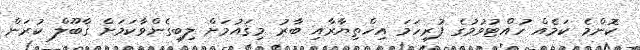
ކޮންމެ ކަމެއްް ހުއްޓުވުމުގެ ފުރިހަމަ އިޚްތިޔާރާއި ބާރު މިޤައުމަށް ލިބިގެންވާކަމަށް ޤާބޫލް ކުރަން